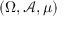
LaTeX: ( \Omega , { \mathcal { A } } , \mu )